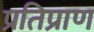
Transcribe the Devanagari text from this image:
प्रतिप्राण